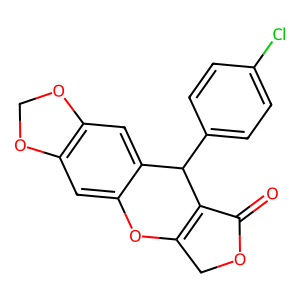
SMILES: O=C1OCC2=C1C(c1ccc(Cl)cc1)c1cc3c(cc1O2)OCO3
Inhibits HIV replication: No